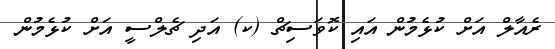
ރެއާލް އަށް ކުޅެމުން އައި ކޮވަސިޗް (ކ) އަދި ޗެލްސީ އަށް ކުޅެމުން